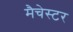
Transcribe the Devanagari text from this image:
मैचेस्टर